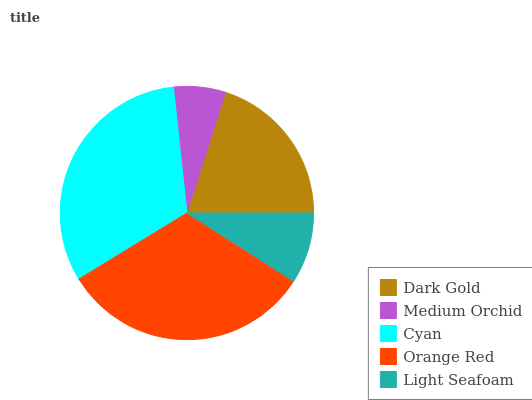
| Dark Gold | Medium Orchid | Cyan | Orange Red | Light Seafoam |
 | --- | --- | --- | --- | --- |
 | 20.1% | 6.64% | 32% | 32.2% | 9.07% |